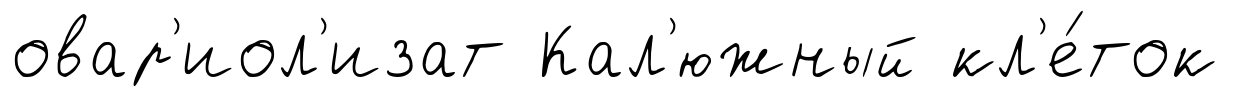
овар'иол'изат Кал'южный кл'е́ток